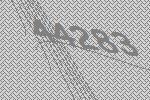
44283